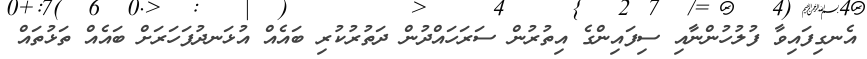
އެނގިފައިވާ ފުލުހުންނާއި ސިފައިންގެ އިތުރުން ސަރަހައްދުން ދަތުރުކުރި ބައެއް އުޅަނދުފަހަރަށް ބައެއް ތަޅުތައް